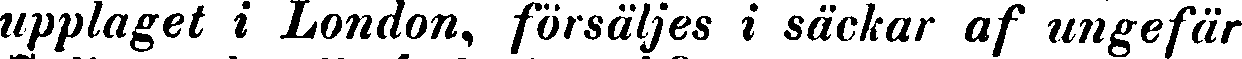
upplaget i London, försäljes i säckar af ungefär